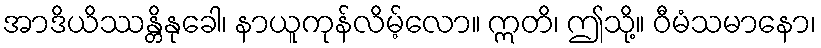
အာဒိယိဿန္တိနုခေါ၊ နာယူကုန်လိမ့်လော။ ဣတိ၊ ဤသို့။ ဝီမံသမာနော၊